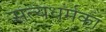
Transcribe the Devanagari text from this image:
सत्यधर्मका